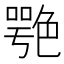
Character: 𦫩